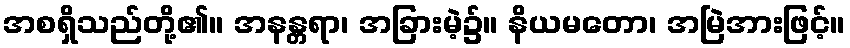
အစရှိသည်တို့၏။ အနန္တရာ၊ အခြားမဲ့၌။ နိယမတော၊ အမြဲအားဖြင့်။